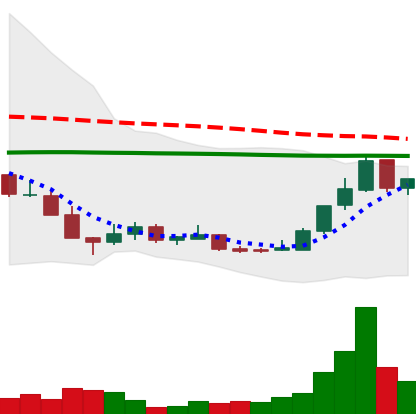
Ticker: LINK-USD
Chart end date: 2018-12-22
Forward return: -11.608%
Label: down_7plus